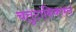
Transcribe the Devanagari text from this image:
चतुटांकिकाम्ल